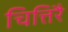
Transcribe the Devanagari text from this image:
चित्तिरै